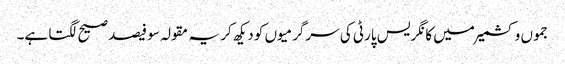
جموں و کشمیر میں کانگریس پارٹی کی سرگرمیوں کو دیکھ کر یہ مقولہ سو فیصد صیح لگتا ہے۔